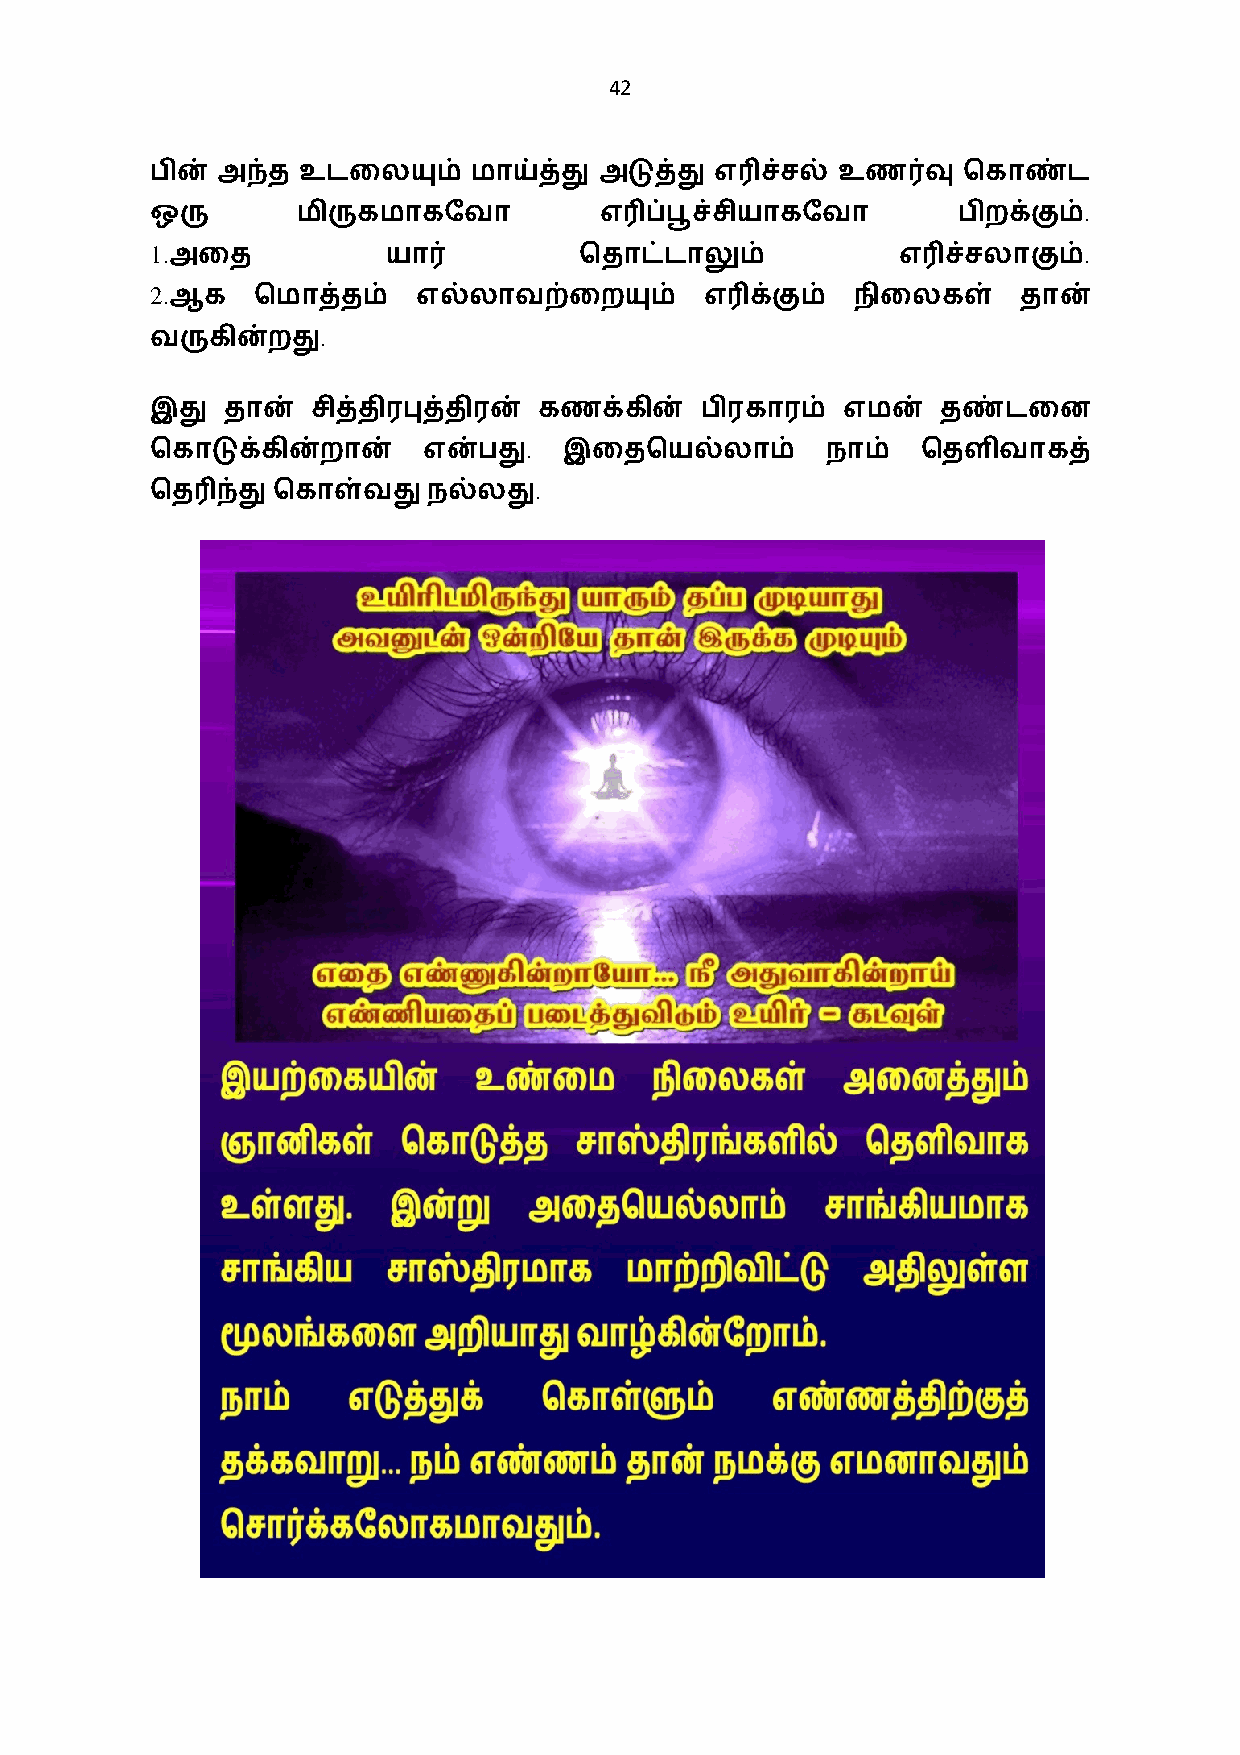
42
 பின் அந்த உடைலயும்   மாய்த்து அடுத்து எ3ச்சல் உண0வு   ெகாண்ட
 .
 ஒரு       மிருகமாகேவா         எ3ப்பூச்சியாகேவா       பிறக்கும்
 1.                                                            .
 அைத            யா0         ெதாட்டாலும்           எ3ச்சலாகும்
 2.
 ஆக    ெமாத்தம்   எல்லாவற்ைறயும்     எ3க்கும் நிைலகள்     தான்
 .
 வருகின்றது
 இது  தான்  சித்திரபுத்திரன் கணக்கின் பிரகாரம் எமன்  தண்டைன
 .
 ெகாடுக்கின்றான்   என்பது   இைதெயல்லாம்       நாம்  ெதளிவாகத்
 .
 ெத3ந்து ெகாள்வதுநல்லது